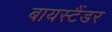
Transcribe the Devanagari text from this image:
बायस्टैंडर